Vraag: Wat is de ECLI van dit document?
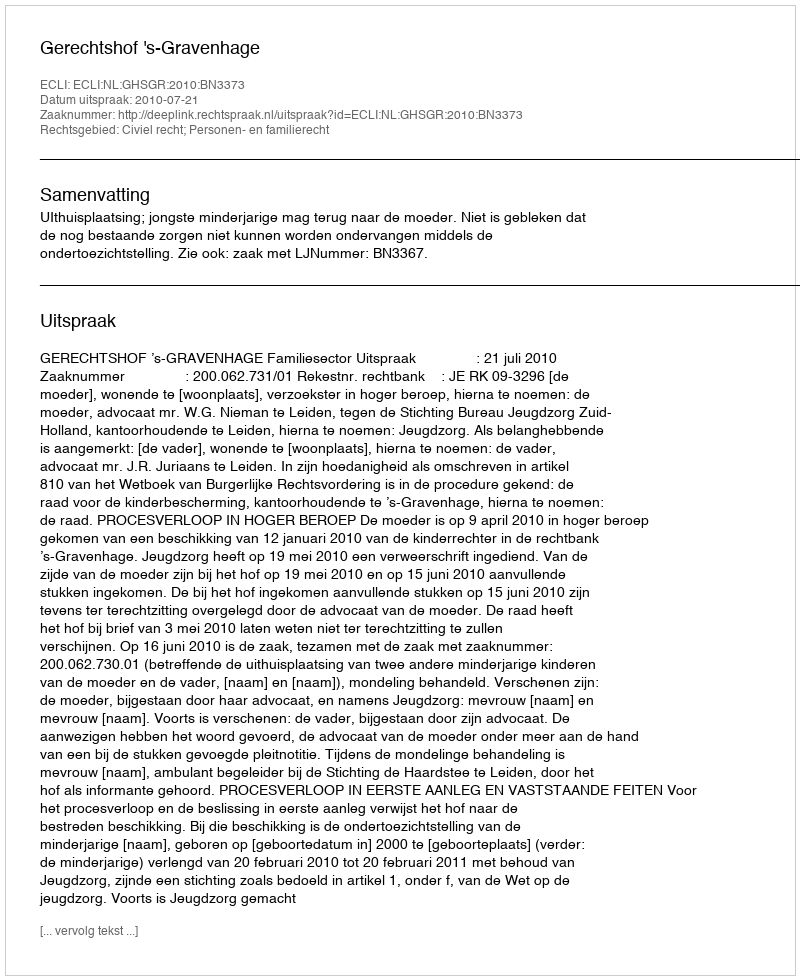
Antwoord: ECLI:NL:GHSGR:2010:BN3373